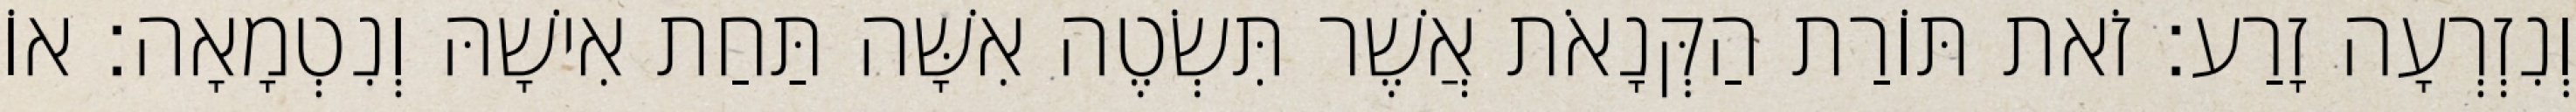
וְנִזְרְעָה זָרַע׃ זֹאת תּוֹרַת הַקְּנָאֹת אֲשֶׁר תִּשְׂטֶה אִשָּׁה תַּחַת אִישָׁהּ וְנִטְמָאָה׃ אוֹ